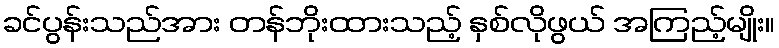
ခင်ပွန်းသည်အား တန်ဘိုးထားသည့် နှစ်လိုဖွယ် အကြည့်မျိုး။